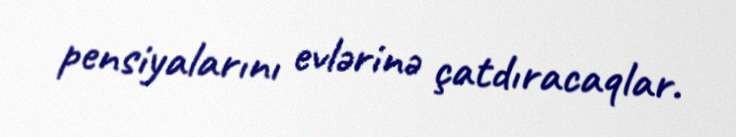
pensiyalarını evlərinə çatdıracaqlar.